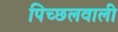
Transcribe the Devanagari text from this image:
पिच्छलवाली